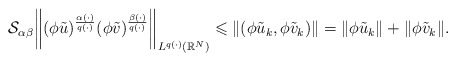
\begin{align*}\mathcal{S}_{\alpha\beta}\bigg\|(\phi \tilde{u})^{\frac{\alpha(\cdot)}{q(\cdot)}}(\phi \tilde{v})^{\frac{\beta(\cdot)}{q(\cdot)}}\bigg\|_{L^{q(\cdot)}(\mathbb{R}^{N})} \leqslant \|(\phi \tilde{u}_k,\phi \tilde{v}_k)\|= \|\phi \tilde{u}_k\|+ \|\phi \tilde{v}_k\|. \end{align*}